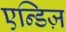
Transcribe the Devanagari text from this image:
एन्डिज़